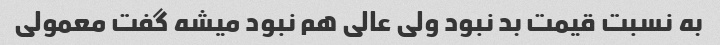
به نسبت قیمت بد نبود ولی عالی هم نبود میشه گفت معمولی